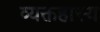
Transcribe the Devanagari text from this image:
व्यक्तहास्य